Report of the Imperial Institute of Veterinary Research, Muktesar
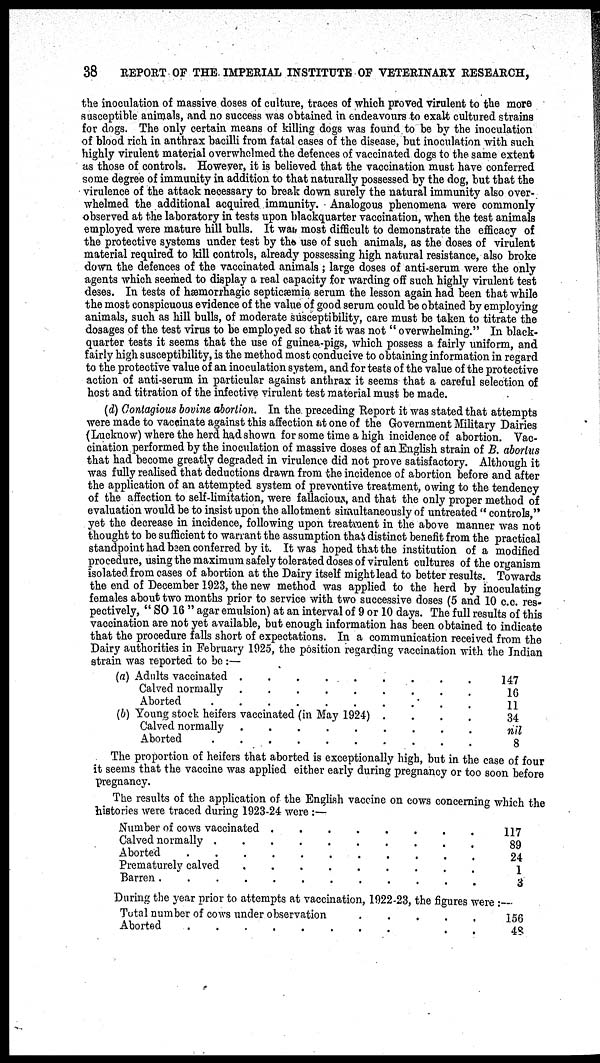
38 REPORT OF THE IMPERIAL INSTITUTE OF VETERINARY RESEARCH,
the inoculation of massive doses of culture, traces of which proved virulent to the more
susceptible animals, and no success was obtained in endeavours to exalt cultured strains
for dogs. The only certain means of killing dogs was found to be by the inoculation
of blood rich in anthrax bacilli from fatal cases of the disease, but inoculation with such
highly virulent material overwhelmed the defences of vaccinated dogs to the same extent
as those of controls. However, it is believed that the vaccination must have conferred
some degree of immunity in addition to that naturally possessed by the dog, but that the
virulence of the attack necessary to break down surely the natural immunity also over-
whelmed the additional acquired immunity. Analogous phenomena were commonly
observed at the laboratory in tests upon blackquarter vaccination, when the test animals
employed were mature hill bulls. It was most difficult to demonstrate the efficacy of
the protective systems under test by the use of such animals, as the doses of virulent
material required to kill controls, already possessing high natural resistance, also broke
down the defences of the vaccinated animals ; large doses of anti-serum were the only
agents which seemed to display a real capacity for warding off such highly virulent test
deses. In tests of hæmorrhagic septicæmia serum the lesson again had been that while
the most conspicuous evidence of the value of good serum could be obtained by employing
animals, such as hill bulls, of moderate susceptibility, care must be taken to titrate the
dosages of the test virus to be employed so that it was not " overwhelming." In black-
quarter tests it seems that the use of guinea-pigs, which possess a fairly uniform, and
fairly high susceptibility, is the method most conducive to obtaining information in regard
to the protective value of an inoculation system, and for tests of the value of the protective
action of anti-serum in particular against anthrax it seems that a careful selection of
host and titration of the infective virulent test material must be made.
(d) Contagious bovine abortion. In the. preceding Report it was stated that attempts
were made to vaccinate against this affection at one of the Government Military Dairies
(Lucknow) where the herd had shown for some time a high incidence of abortion. Vac-
cination, performed by the inoculation of massive doses of an English strain of B. abortus
that had become greatly degraded in virulence did not prove satisfactory. Although it
was fully realised that deductions drawn from the incidence of abortion before and after
the application of an attempted system of preventive treatment, owing to the tendency
of the affection to self-limitation, were fallacious, and that the only proper method of
evaluation would be to insist upon the allotment simultaneously of untreated " controls,"
yet the decrease in incidence, following upon treatment in the above manner was not
thought to be sufficient to warrant the assumption that distinct benefit from the practical
standpoint had been conferred by it. It was hoped that the institution of a modified
procedure, using the maximum safely tolerated doses of virulent cultures of the organism
isolated from cases of abortion at the Dairy itself might lead to better results. Towards
the end of December 1923, the new method was applied to the herd by inoculating
females about two months prior to service with two successive doses (5 and 10 c.c. res-
pectively, " SO 16 " agar emulsion) at an interval of 9 or 10 days. The full results of this
vaccination are not yet available, but enough information has been obtained to indicate
that the procedure falls short of expectations. In a communication received from the
Dairy authorities in February 1925, the position regarding vaccination with the Indian
strain was reported to be :—
(a) Adults vaccinated .
.
.
Calved normally
.....
Aborted
(b) Young stock heifers vaccinated (in May 1924)
Calved normally
Aborted
.
.
147
16
11
34
nil
8
The proportion of heifers that aborted is exceptionally high, but in the case of four
it seems that the vaccine was applied either early during pregnancy or too soon before
pregnancy.
The results of the application of the English vaccine on cows concerning which the
histories were traced during 1923-24 were :—
Number of cows vaccinated
....
Calved normally .
Aborted
Prematurely calved
Barren
. .
. .
.
. . .
. .
117
89
24
1
3
During the year prior to attempts at vaccination, 1922-23, the figures were :-
Total number of cows under observation
Aborted
..
.
.
.
.
.
156
48